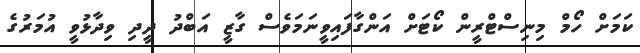
ކަމަށް ހޯމް މިނިސްޓްރީން ކޯޓަށް އަންގާފައިވީނަމަވެސް ގާޒީ އަބްދު ދީދި ވިދާޅުވީ އުމަރުގެ